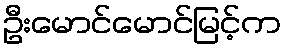
ဦးမောင်မောင်မြင့်က